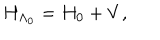
H _ { \Lambda _ { 0 } } = H _ { \mathrm { 0 } } + V ,